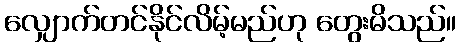
လျှောက်တင်နိုင်လိမ့်မည်ဟု တွေးမိသည်။